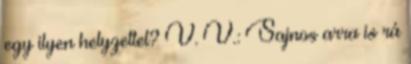
egy ilyen helyzettel? V. V.: Sajnos arra is rá